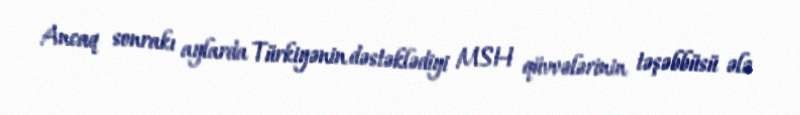
Ancaq sonrakı aylarda Türkiyənin dəstəklədiyi MSH qüvvələrinin təşəbbüsü ələ